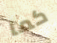
كما